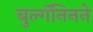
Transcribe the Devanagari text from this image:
बुल्गॅनिनने